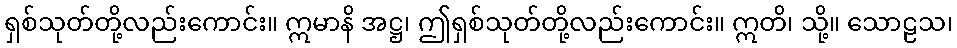
ရှစ်သုတ်တို့လည်းကောင်း။ ဣမာနိ အဋ္ဌ၊ ဤရှစ်သုတ်တို့လည်းကောင်း။ ဣတိ၊ သို့။ သောဠသ၊